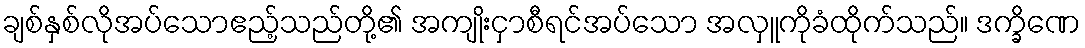
ချစ်နှစ်လိုအပ်သောဧည့်သည်တို့၏ အကျိုးငှာစီရင်အပ်သော အလှူကိုခံထိုက်သည်။ ဒက္ခိဏေ